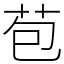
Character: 苞